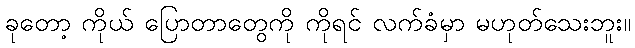
ခုတော့ ကိုယ် ပြောတာတွေကို ကိုရင် လက်ခံမှာ မဟုတ်သေးဘူး။